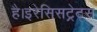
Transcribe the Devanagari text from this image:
है।इरेसिसट्रेट्स